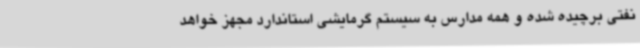
نفتی برچیده شده و همه مدارس به سیستم گرمایشی استاندارد مجهز خواهد